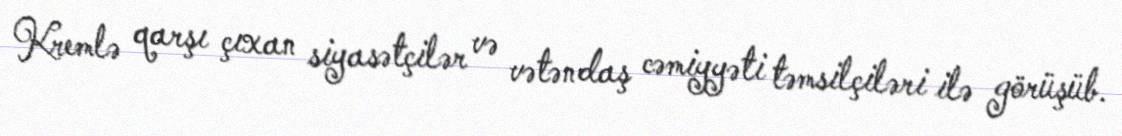
Kremlə qarşı çıxan siyasətçilər və vətəndaş cəmiyyəti təmsilçiləri ilə görüşüb.